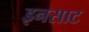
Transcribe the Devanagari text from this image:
इनसाट